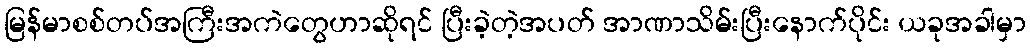
မြန်မာစစ်တပ်အကြီးအကဲတွေဟာဆိုရင် ပြီးခဲ့တဲ့အပတ် အာဏာသိမ်းပြီးနောက်ပိုင်း ယခုအခါမှာ